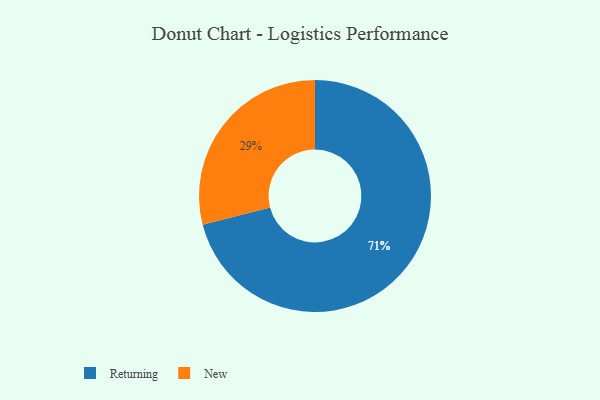
{"axis": {"x": "Category", "y": "Percentage"}, "legend": ["New", "Returning"], "data": [{"x": "Returning", "y": 71, "type": "Returning"}, {"x": "New", "y": 29, "type": "New"}]}